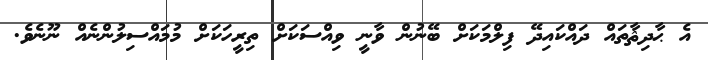
އެ ޙާދިޘާތައް ދައްކައިދޭ ފިލްމަކަށް ބޭނުން ވާނީ ވިއްސަކަށް ތިރީހަކަށް މުމައްސިލުންނެއް ނޫނެވެ.